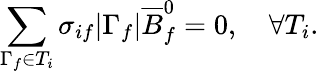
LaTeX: \sum_{\Gamma_{f}\in T_{i}}\sigma_{if}\lvert\Gamma_{f}\rvert\overline{{B}}_{f}^{0}=0,\quad\forall T_{i}.